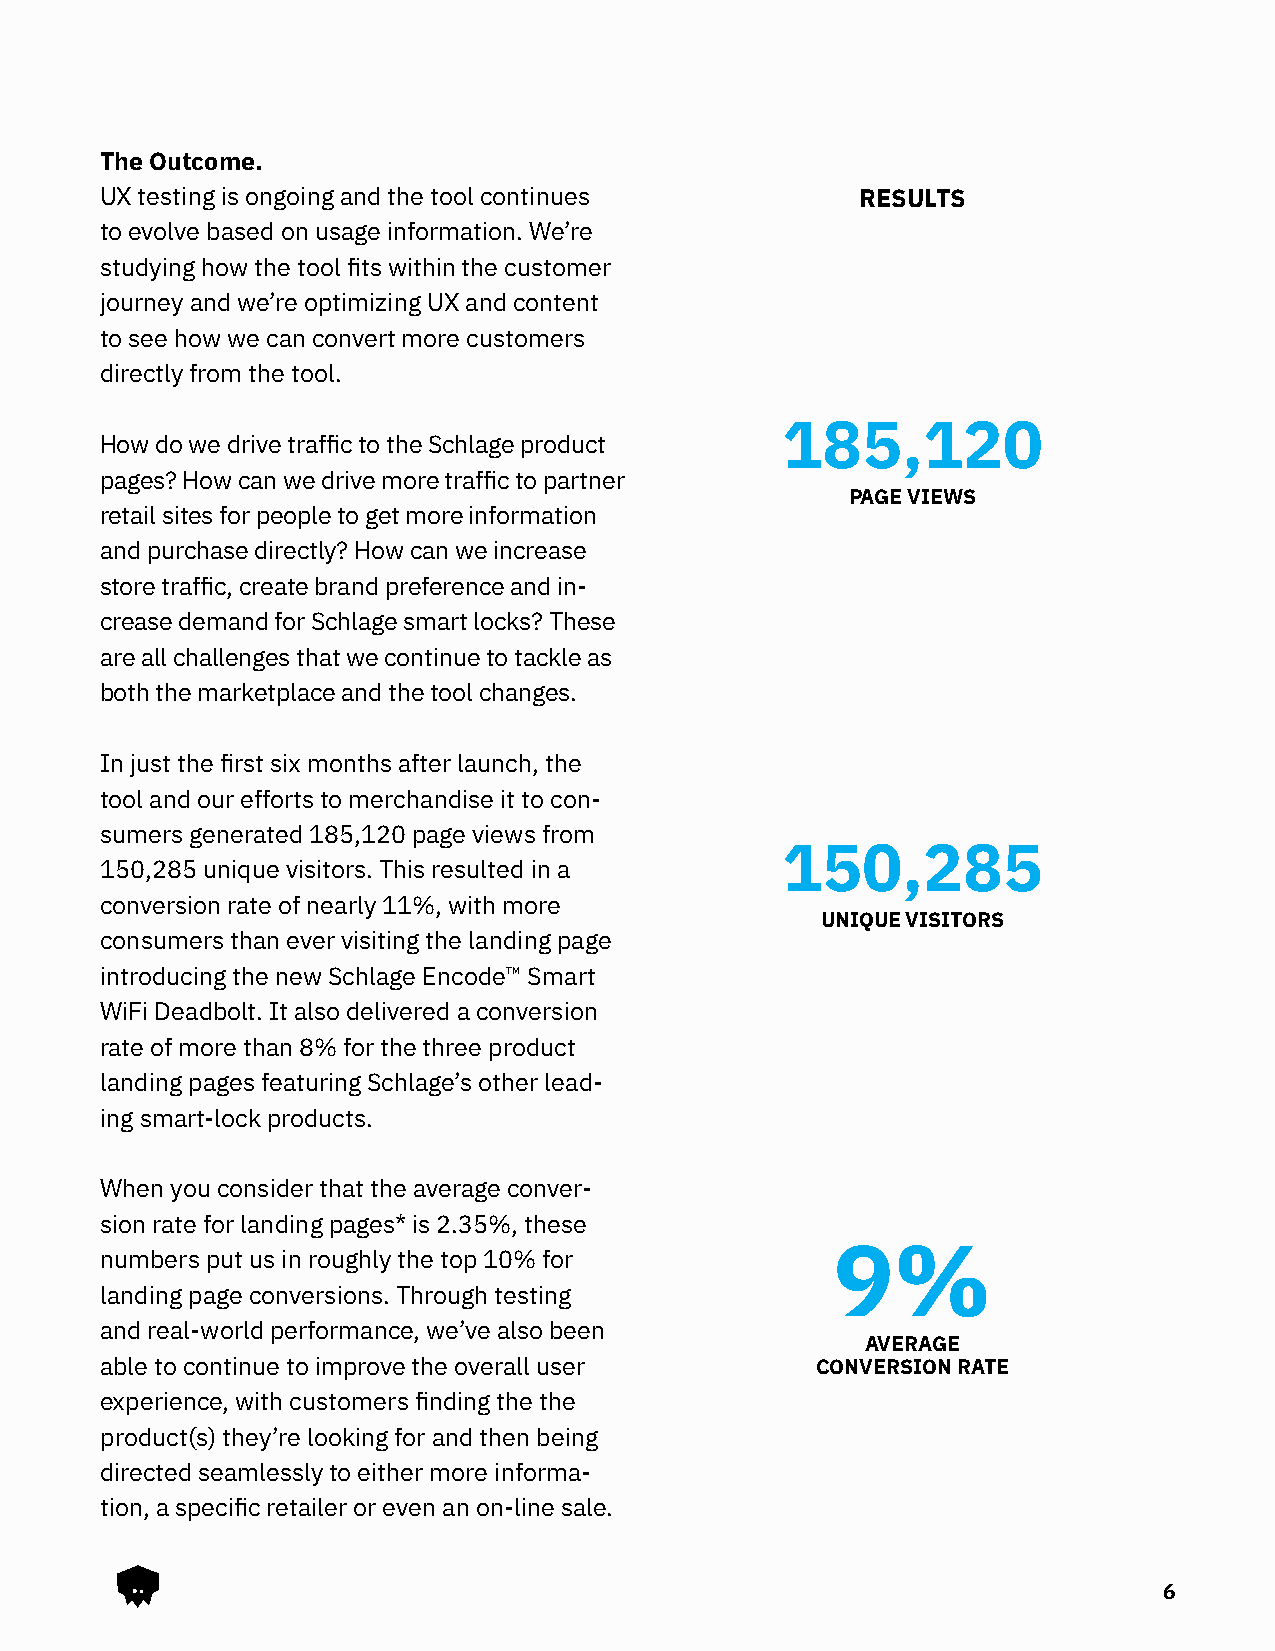
The Outcome.
 UX testing is ongoing and the tool continues      RESULTS
 to evolve based on usage information. We’re
 studying how the tool fits within the customer
 journey and we’re optimizing UX and content
 to see how we can convert more customers
 directly from the tool.
 185,120
 How do we drive traffic to the Schlage product
 pages? How can we drive more traffic to partner
 PAGE VIEWS
 retail sites for people to get more information
 and purchase directly? How can we increase
 store traffic, create brand preference and in-
 crease demand for Schlage smart locks? These
 are all challenges that we continue to tackle as
 both the marketplace and the tool changes.
 In just the first six months after launch, the
 tool and our efforts to merchandise it to con-
 sumers generated 185,120 page views from
 150,285
 150,285 unique visitors. This resulted in a
 conversion rate of nearly 11%, with more
 UNIQUE VISITORS
 consumers than ever visiting the landing page
 introducing the new Schlage Encode™ Smart
 WiFi Deadbolt. It also delivered a conversion
 rate of more than 8% for the three product
 landing pages featuring Schlage’s other lead-
 ing smart-lock products.
 When you consider that the average conver-
 sion rate for landing pages* is 2.35%, these
 numbers put us in roughly the top 10% for       9%
 landing page conversions. Through testing
 and real-world performance, we’ve also been
 AVERAGE
 able to continue to improve the overall user   CONVERSION RATE
 experience, with customers finding the the
 product(s) they’re looking for and then being
 directed seamlessly to either more informa-
 tion, a specific retailer or even an on-line sale.
 6